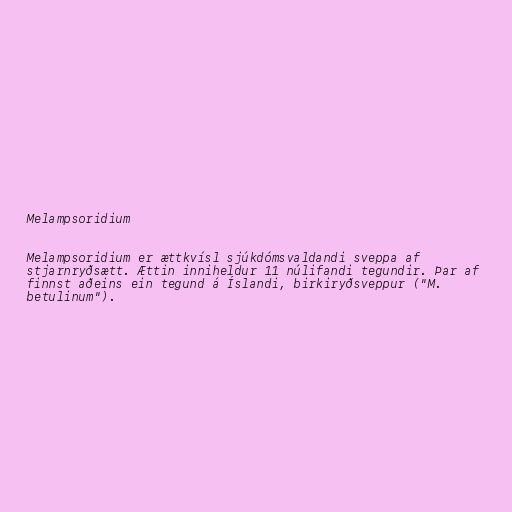
Melampsoridium

Melampsoridium er ættkvísl sjúkdómsvaldandi sveppa af
stjarnryðsætt. Ættin inniheldur 11 núlifandi tegundir. Þar af
finnst aðeins ein tegund á Íslandi, birkiryðsveppur ("M.
betulinum").